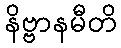
နိဗ္ဗာနမီတိ